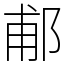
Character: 郙